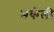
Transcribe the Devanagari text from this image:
मर्कली